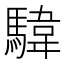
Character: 𩤮